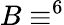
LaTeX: B\equiv^{6}